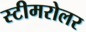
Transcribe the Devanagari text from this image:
स्टीमरोलर